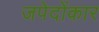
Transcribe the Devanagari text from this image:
जपेदोंकार